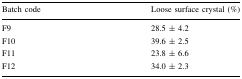
| Batch code | Loose surface crystal (%) |
 | --- | --- |
 | F9 | 28.5 ± 4.2 |
 | F10 | 39.6 ± 2.5 |
 | F11 | 23.8 ± 6.6 |
 | F12 | 34.0 ± 2.3 |